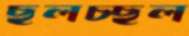
ছলচ্ছল